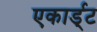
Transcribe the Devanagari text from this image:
एकार्ड्‌ट